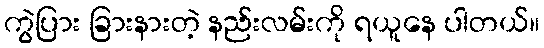
ကွဲပြား ခြားနားတဲ့ နည်းလမ်းကို ရယူနေ ပါတယ်။